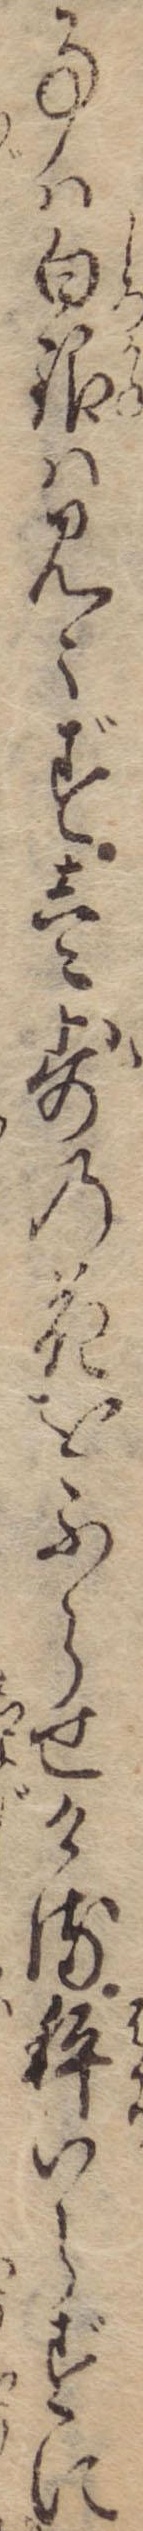
事は白銀は見えず壱歩の花をふらせける秤いらずに